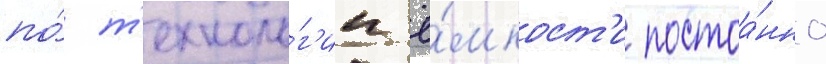
по́ т'ехноло́г'ии ё́мкост'и постоа́нно